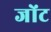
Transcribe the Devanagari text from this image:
जोंट